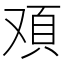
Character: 𩑌